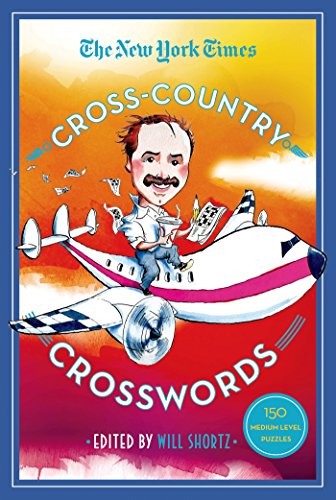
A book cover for The New York Times Cross-Country Crosswords: 150 Medium-Level Puzzles; The New York Times; Humor & Entertainment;